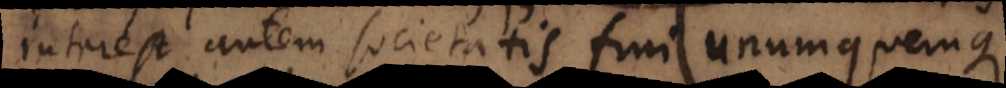
interest autem societatis frui unumquemque